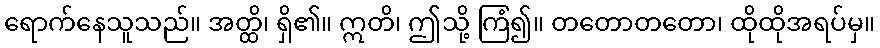
ရောက်နေသူသည်။ အတ္ထိ၊ ရှိ၏။ ဣတိ၊ ဤသို့ ကြံ၍။ တတောတတော၊ ထိုထိုအရပ်မှ။